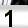
Digit: 1